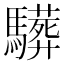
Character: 𩦦